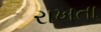
રાખતા